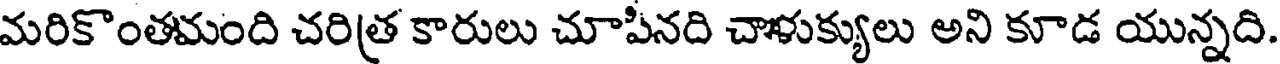
మరికొంతమంది చరిత్ర కారులు చూపినది చాళుక్యులు అని కూడ యున్నది.